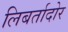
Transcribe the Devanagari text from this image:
लिबर्तादोर